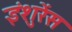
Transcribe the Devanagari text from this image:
इंशुरेंस